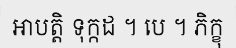
អាបត្តិ ទុក្កដ ។ បេ ។ ភិក្ខុ